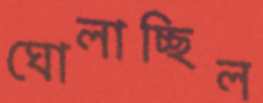
ঘোলাচ্ছিল